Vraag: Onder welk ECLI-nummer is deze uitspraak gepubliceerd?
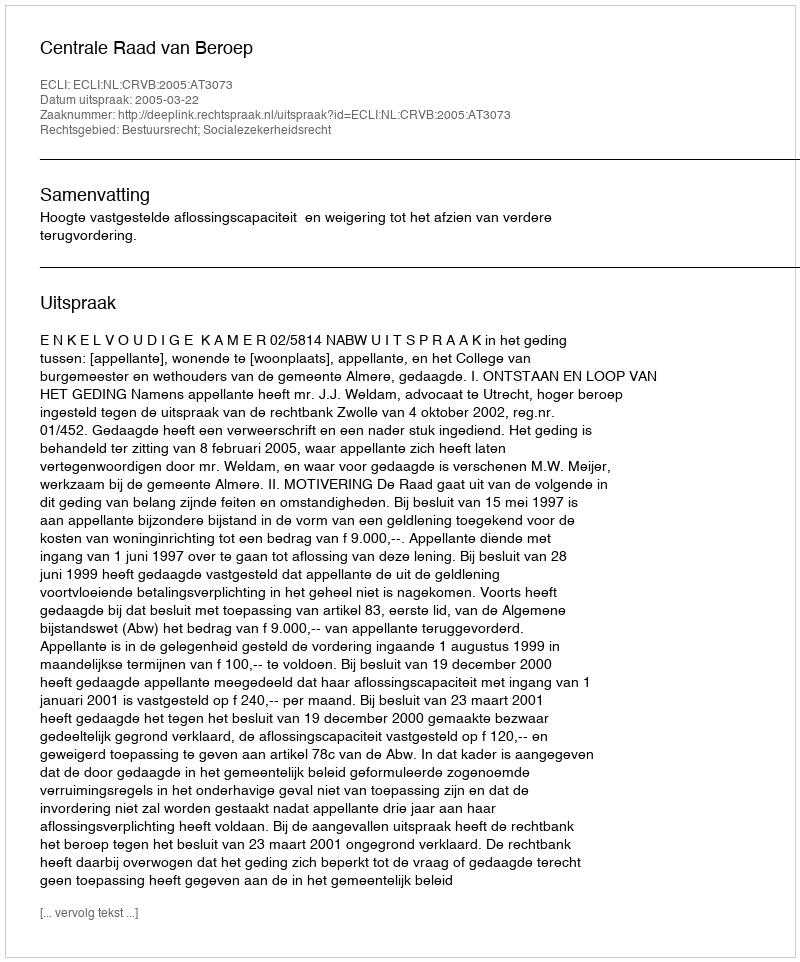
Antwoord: ECLI:NL:CRVB:2005:AT3073